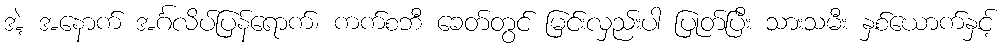
အဲ့ အနောက် အင်္ဂလိပ်ပြန်ရောက်၊ ကက်စဘီ ခေတ်တွင် မြင်းလှည်းပါ ပြုတ်ပြီး သားသမီး နှစ်ယောက်နှင့်